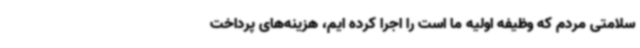
سلامتی مردم که وظیفه اولیه ما است را اجرا کرده ایم، هزینه‌های پرداخت